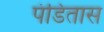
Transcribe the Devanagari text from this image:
पंडितास